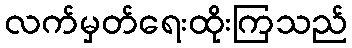
လက်မှတ်ရေးထိုးကြသည်